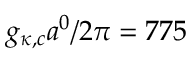
g _ { \kappa , c } a ^ { 0 } / 2 \pi = 7 7 5